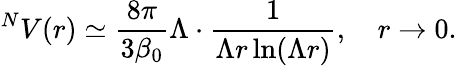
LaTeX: ^NV(r)\simeq\frac{8\pi}{3\beta_{0}}\Lambda\cdot\frac{1}{\Lambda r\ln(\Lambda r)},\quad r\to 0.